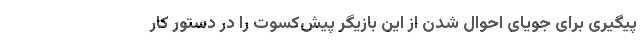
پیگیری برای جویای احوال شدن از این بازیگر پیش‌کسوت را در دستور کار